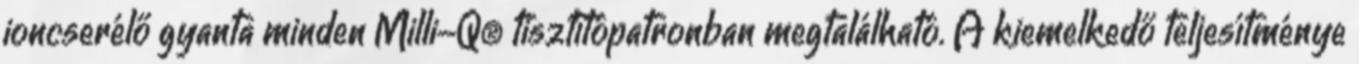
ioncserélő gyanta minden Milli-Q® tisztítópatronban megtalálható. A kiemelkedő teljesítménye